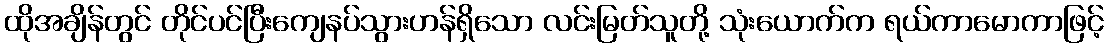
ထိုအချိန်တွင် တိုင်ပင်ပြီးကျေနပ်သွားဟန်ရှိသော လင်းမြတ်သူတို့ သုံးယောက်က ရယ်ကာမောကာဖြင့်